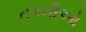
તકતીઓ